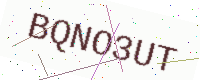
Text: BQNO3UT